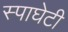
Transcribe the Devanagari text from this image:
स्पाघेटी